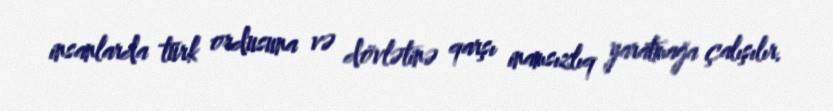
insanlarda türk ordusuna və dövlətinə qarşı inamsızlıq yaratmağa çalışılır.